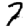
Digit: 7